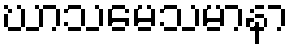
ဃာသမေသမာနာ